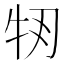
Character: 𤘞